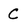
Character: C